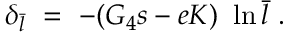
\delta _ { \bar { l } } ~ = ~ - ( G _ { 4 } s - e K ) ~ \ln \bar { l } ~ .